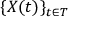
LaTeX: \{ X ( t ) \} _ { t \in T }